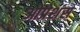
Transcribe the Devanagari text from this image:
ओप्रेशंस